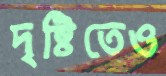
দৃষ্টিতেও